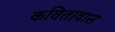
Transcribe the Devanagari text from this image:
कवितावास